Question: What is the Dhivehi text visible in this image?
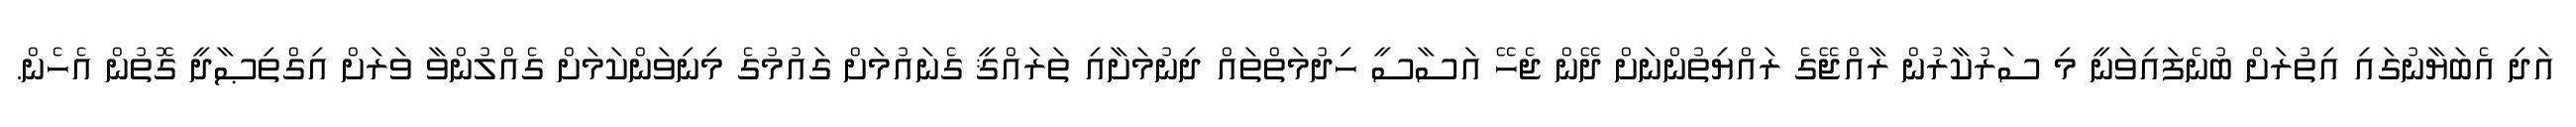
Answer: އަދި އެބަޔާނުގައި އިތުރަށް ބުނެފައިވަނީ މި ސަރުކާރުން ރާއްޖޭގެ ރައްޔިތުންނަށް ދޭން ޖެހޭ އަސާސީ ހިދުމަތްތައް ދިނުމަށާއި ތަރައްޤީ ގެނައުމަށް ގައުމުގެ މިނިވަންކަމަށް ގެއްލުންވާ ވަރަށް އިގްތިޞާދީ ގޮތުން އެހެން.